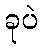
ခုပဲ